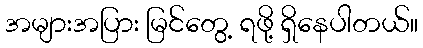
အများအပြား မြင်တွေ့ ရဖို့ ရှိနေပါတယ်။